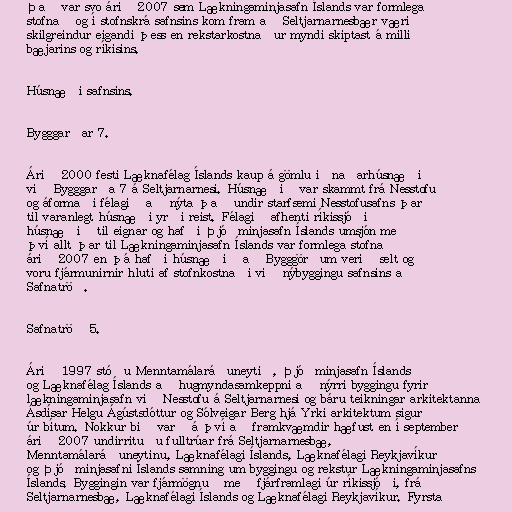
Það var svo árið 2007 sem Lækningaminjasafn Íslands var formlega
stofnað og í stofnskrá safnsins kom fram að Seltjarnarnesbær væri
skilgreindur eigandi þess en rekstarkostnaður myndi skiptast á milli
bæjarins og ríkisins.

Húsnæði safnsins.

Bygggarðar 7.

Árið 2000 festi Læknafélag Íslands kaup á gömlu iðnaðarhúsnæði
við Bygggarða 7 á Seltjarnarnesi. Húsnæðið var skammt frá Nesstofu
og áformaði félagið að nýta það undir starfsemi Nesstofusafns þar
til varanlegt húsnæði yrði reist. Félagið afhenti ríkissjóði
húsnæðið til eignar og hafði Þjóðminjasafn Íslands umsjón með
því allt þar til Lækningaminjasafn Íslands var formlega stofnað
árið 2007 en þá hafði húsnæðið að Bygggörðum verið selt og
voru fjármunirnir hluti af stofnkostnaði við nýbyggingu safnsins að
Safnatröð.

Safnatröð 5.

Árið 1997 stóðu Menntamálaráðuneytið, Þjóðminjasafn Íslands
og Læknafélag Íslands að hugmyndasamkeppni að nýrri byggingu fyrir
lækningaminjasafn við Nesstofu á Seltjarnarnesi og báru teikningar arkitektanna
Ásdísar Helgu Ágústsdóttur og Sólveigar Berg hjá Yrki arkitektum sigur
úr bítum. Nokkur bið varð á því að framkvæmdir hæfust en í september
árið 2007 undirrituðu fulltrúar frá Seltjarnarnesbæ,
Menntamálaráðuneytinu, Læknafélagi Íslands, Læknafélagi Reykjavíkur
og Þjóðminjasafni Íslands samning um byggingu og rekstur Lækningaminjasafns
Íslands. Byggingin var fjármögnuð með fjárframlagi úr ríkissjóði, frá
Seltjarnarnesbæ, Læknafélagi Íslands og Læknafélagi Reykjavíkur. Fyrsta